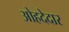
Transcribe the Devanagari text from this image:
ओहदेदार